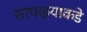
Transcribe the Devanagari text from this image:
सापळ्याकडे